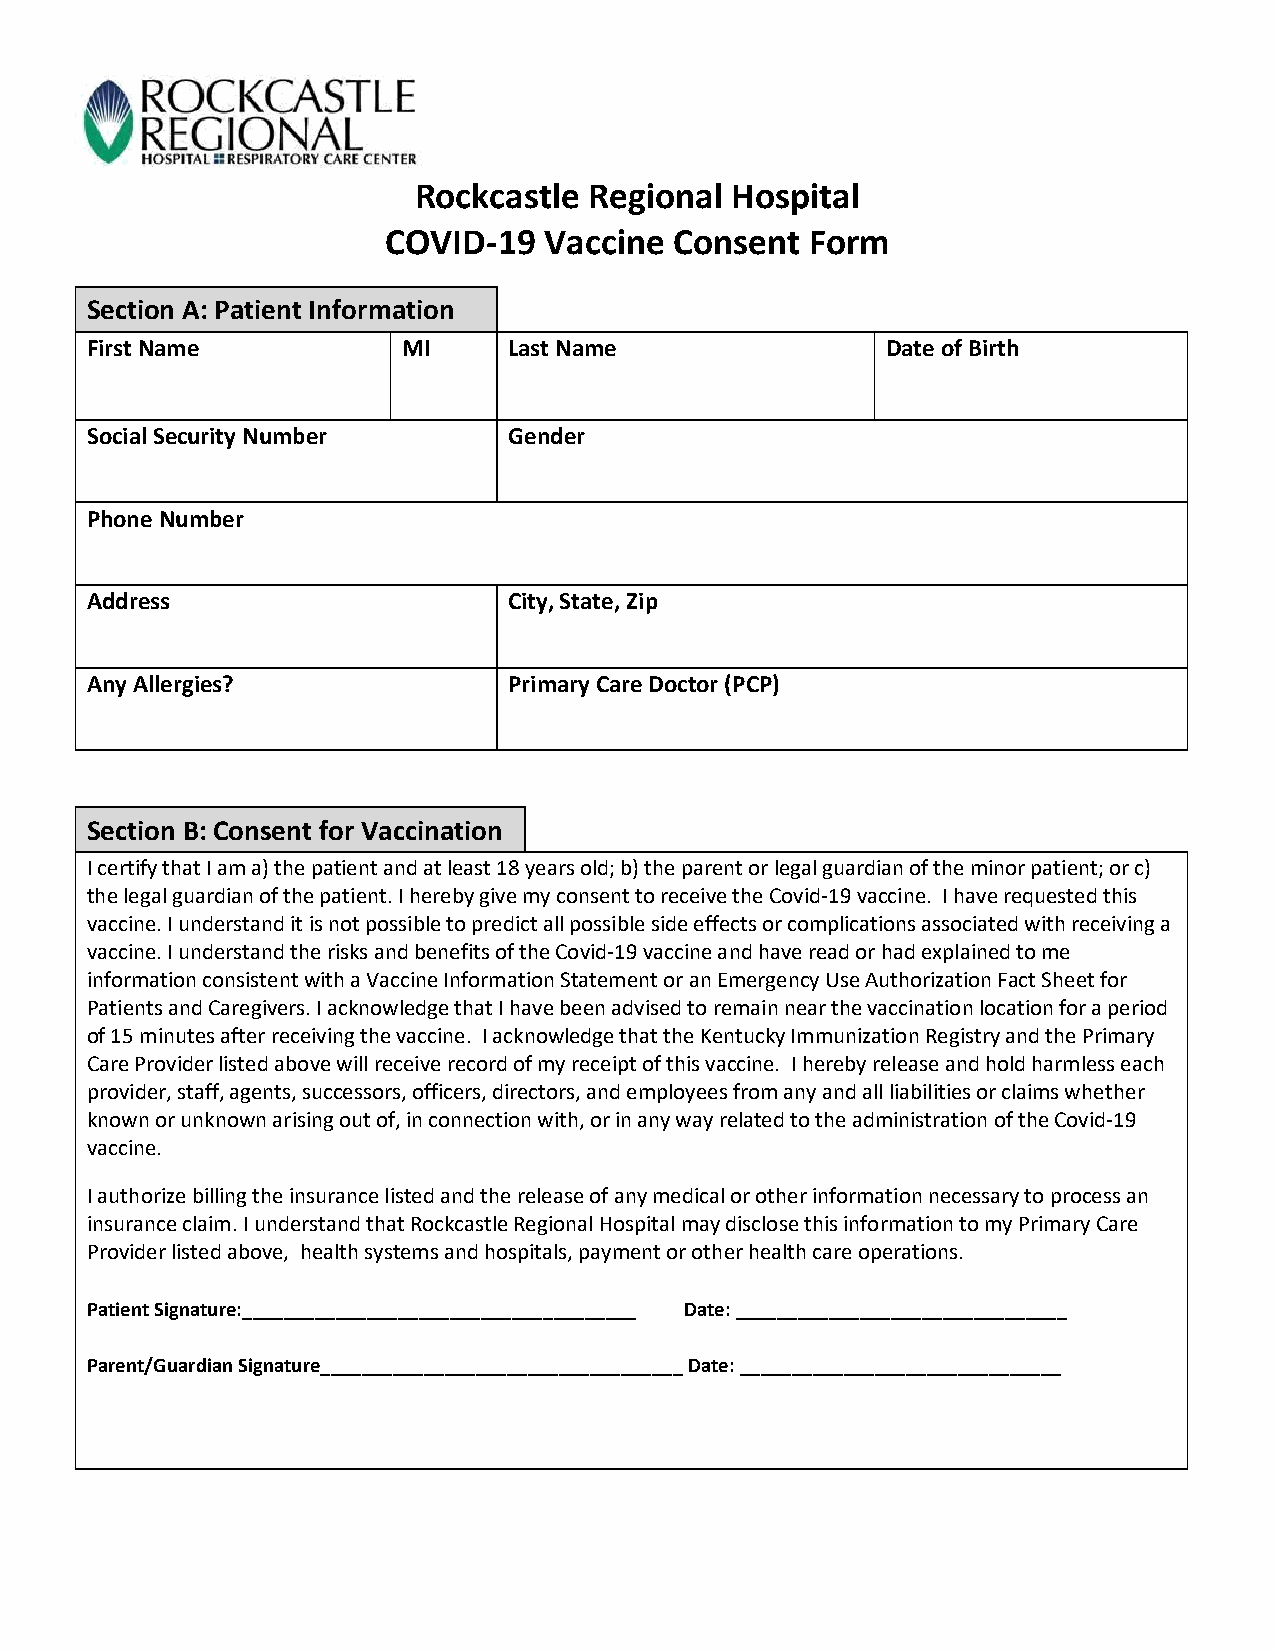
Rockcastle  Regional Hospital
 COVID-19  Vaccine  Consent  Form
 Section A: Patient Information
 First Name           MI     Last Name                Date of Birth
 Social Security Number      Gender
 Phone Number
 Address                     City, State, Zip
 Any Allergies?              Primary Care Doctor (PCP)
 Section B: Consent for Vaccination
 I certify that I am a) the patient and at least 18 years old; b) the parent or legal guardian of the minor patient; or c)
 the legal guardian of the patient. I hereby give my consent to receive the Covid-19 vaccine. I have requested this
 vaccine. I understand it is not possible to predict all possible side effects or complications associated with receiving a
 vaccine. I understand the risks and benefits of the Covid-19 vaccine and have read or had explained to me
 information consistent with a Vaccine Information Statement or an Emergency Use Authorization Fact Sheet for
 Patients and Caregivers. I acknowledge that I have been advised to remain near the vaccination location for a period
 of 15 minutes after receiving the vaccine. I acknowledge that the Kentucky Immunization Registry and the Primary
 Care Provider listed above will receive record of my receipt of this vaccine. I hereby release and hold harmless each
 provider, staff, agents, successors, officers, directors, and employees from any and all liabilities or claims whether
 known or unknown arising out of, in connection with, or in any way related to the administration of the Covid-19
 vaccine.
 I authorize billing the insurance listed and the release of any medical or other information necessary to process an
 insurance claim. I understand that Rockcastle Regional Hospital may disclose this information to my Primary Care
 Provider listed above, health systems and hospitals, payment or other health care operations.
 Patient Signature:______________________________________ Date: ________________________________
 Parent/Guardian Signature___________________________________ Date: _______________________________